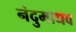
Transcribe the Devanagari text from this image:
नंदुमाधव